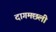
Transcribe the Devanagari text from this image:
दागमछली